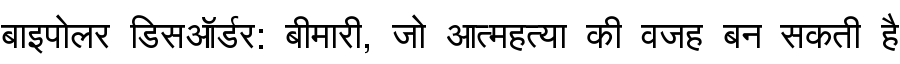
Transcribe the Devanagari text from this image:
बाइपोलर डिसऑर्डर: बीमारी, जो आत्महत्या की वजह बन सकती है